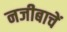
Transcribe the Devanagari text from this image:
नजीबाचें